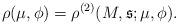
LaTeX: \begin{align*}\rho(\mu,\phi) = \rho^{(2)}(M,\mathfrak{s};\mu,\phi).\end{align*}